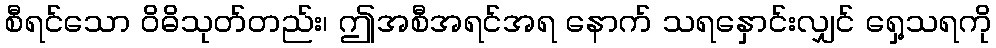
စီရင်သော ဝိဓိသုတ်တည်း၊ ဤအစီအရင်အရ နောက် သရနှောင်းလျှင် ရှေ့သရကို